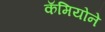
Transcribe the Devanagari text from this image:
कॅमियोने